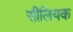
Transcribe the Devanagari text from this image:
सीलियक